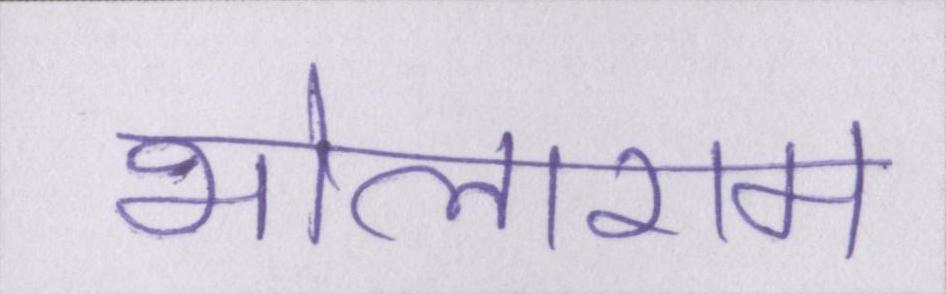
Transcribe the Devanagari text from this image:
भोलाराम